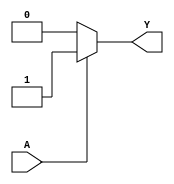
module push_pull_buffer (
    input wire A,
    output reg Y
);

// Push-pull buffer implementation
always @ (A)
begin
    if (A == 1'b1) begin
        Y <= 1'b1; // Pull the output signal high using P-type transistors
    end
    else begin
        Y <= 1'b0; // Pull the output signal low using N-type transistors
    end
end

endmodule